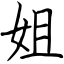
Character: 姐